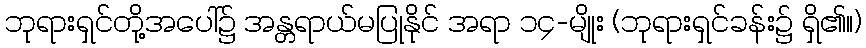
ဘုရားရှင်တို့အပေါ်၌ အန္တရာယ်မပြုနိုင် အရာ ၁၄-မျိုး (ဘုရားရှင်ခန်း၌ ရှိ၏။)